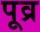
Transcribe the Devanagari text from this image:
पूव्र